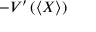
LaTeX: - V ^ { \prime } \left( \left\langle X \right\rangle \right)